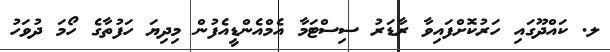
ލ. ކައްދޫގައި ހަރުކޮށްފައިވާ ރާޑަރު ސިސްޓަމާ އެމްއެންޑީއެފުން މިދިޔަ ހަފުތާގެ ހޯމަ ދުވަހު